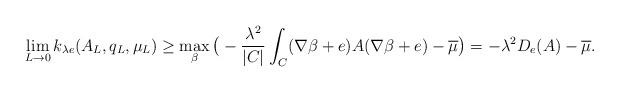
LaTeX: \begin{align*} \lim_{L\rightarrow 0} k_{\lambda e}(A_L,q_L,\mu_L) \geq \max_\beta\big( -\frac{\lambda^2}{|C|}\int_C (\nabla\beta+e) A (\nabla \beta+e) -\overline{\mu}\big) = -\lambda^2 D_e(A) -\overline{\mu}. \end{align*}